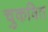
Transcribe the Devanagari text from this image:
चुकवित